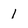
Character: 1